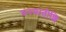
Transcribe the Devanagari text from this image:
वनस्पतीशि